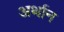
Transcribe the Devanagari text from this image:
अर्थान